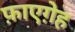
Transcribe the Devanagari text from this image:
फ़ाएग़ेह